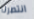
انتصرنا